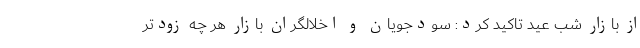
از بازار شب عید تاکید کرد: سودجویان و اخلالگران بازار هر چه زودتر